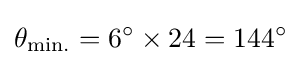
\theta _{\text{min.}}=6^{\circ }\times 24=144^{\circ }